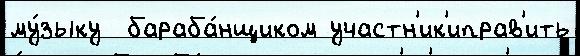
му́зыку  бараба́нщиком участн'ик'иправ'ить